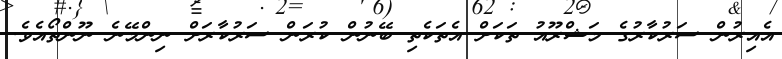
އެއިރުން ސަރުކާރުގެ މަޝްރޫއު ތަކަށް އެތަކެތި ބޭނުން ކުރަން ސަރުކާރަށް ނިންމޭނެ ނޫންތޯއެވެ.